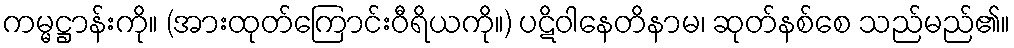
ကမ္မဋ္ဌာန်းကို။ (အားထုတ်ကြောင်းဝီရိယကို။) ပဋိဝါနေတိနာမ၊ ဆုတ်နစ်စေ သည်မည်၏။